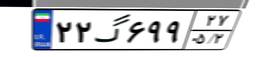
۲۲گ۶۹۹۲۷